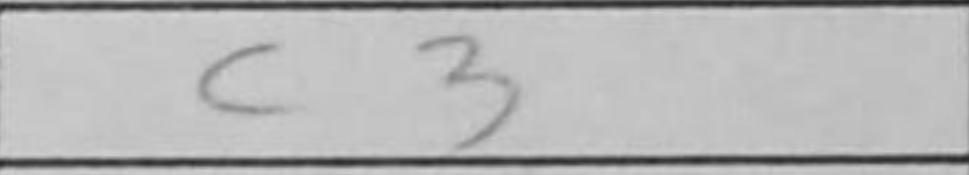
Transcription: c3